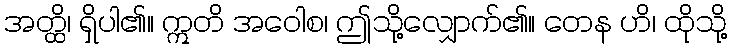
အတ္ထိ၊ ရှိပါ၏။ ဣတိ အဝေါစ၊ ဤသို့လျှောက်၏။ တေန ဟိ၊ ထိုသို့